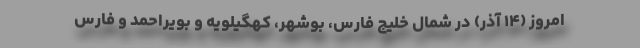
امروز (۱۴ آذر) در شمال خلیج فارس، بوشهر، کهگیلویه و بویراحمد و فارس